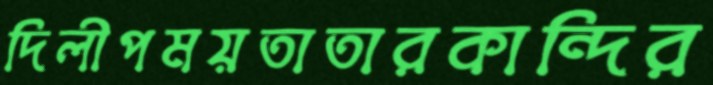
দিলীপময়তাতারকান্দির